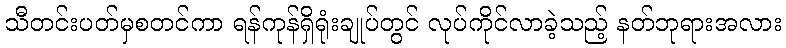
သီတင်းပတ်မှစတင်ကာ ရန်ကုန်ရှိရုံးချုပ်တွင် လုပ်ကိုင်လာခဲ့သည့် နတ်ဘုရားအလား